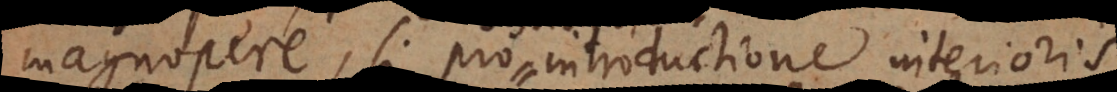
magnopere, si pro introductione interioris